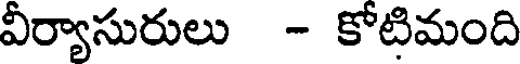
వీర్యాసురులు - కోటిమంది